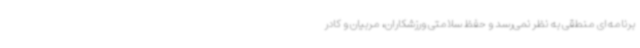
برنامه‌ای منطقی به نظر نمی‌رسد و حفظ سلامتی ورزشکاران، مربیان و کادر